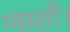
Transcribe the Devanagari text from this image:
प्यासी।